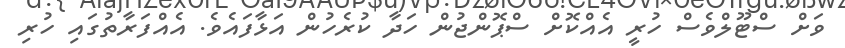
ވަށް ސްޓޫލްވެސް ހުރީ އެއްކޮށް ސްޕޮންޖުން ހަދާ ކުރެހުން އަޅާފައެވެ. އެއްފަރާތުގައި ހުރި